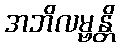
အဘိလမ္ဗန္တိ